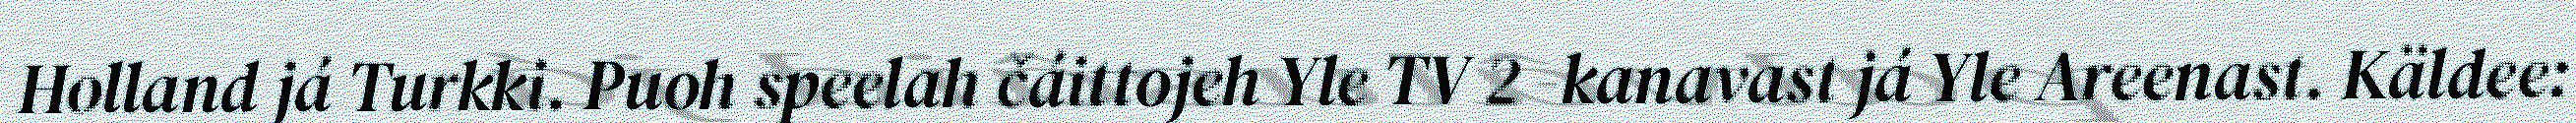
Holland já Turkki. Puoh speelah čáittojeh Yle TV 2 -kanavast já Yle Areenast. Käldee: